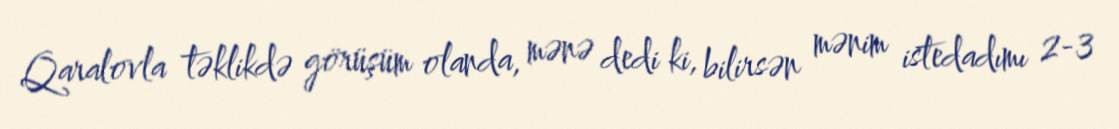
Qaralovla təklikdə görüşüm olanda, mənə dedi ki, bilirsən mənim istedadımı 2-3